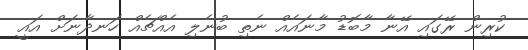
ކުރިން ރޭގައި އޭނާ މާބޮޑު މާނައެއް ނެތި ބުނެލި އެއްޗެއް ހަނދާނަށް އައީ